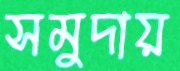
সমুদায়